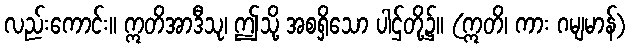
လည်းကောင်း။ ဣတိအာဒီသု၊ ဤသို့ အစရှိသော ပါဌ်တို့၌။ (ဣတိ၊ ကား ဂမျမာန်)